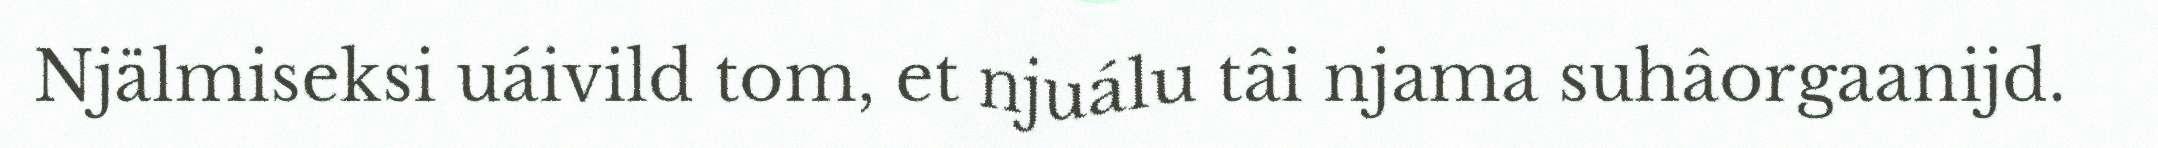
Njälmiseksi uáivild tom, et njuálu tâi njama suhâorgaanijd.